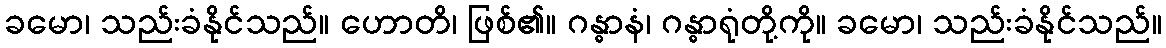
ခမော၊ သည်းခံနိုင်သည်။ ဟောတိ၊ ဖြစ်၏။ ဂန္ဓာနံ၊ ဂန္ဓာရုံတို့ကို။ ခမော၊ သည်းခံနိုင်သည်။